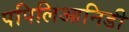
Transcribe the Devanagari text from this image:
पपिलिआनिडी